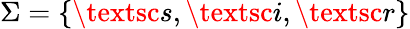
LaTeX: \Sigma=\{ \textsc{s},\textsc{i},\textsc{r}\}